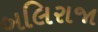
બલિરાજા